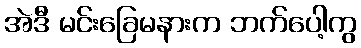
အဲဒီ မင်းခြေမနားက ဘက်ပေါ့ကွ